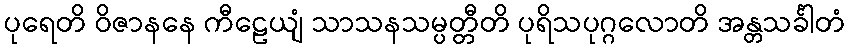
ပုရေတိ ဝိဇာနနေ ကီဠေယျံ သာသနသမ္ပတ္တီတိ ပုရိသပုဂ္ဂလောတိ အန္တသင်္ခါတံ